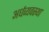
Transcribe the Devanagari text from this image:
अर्धव्यवस्था